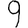
Digit: 9